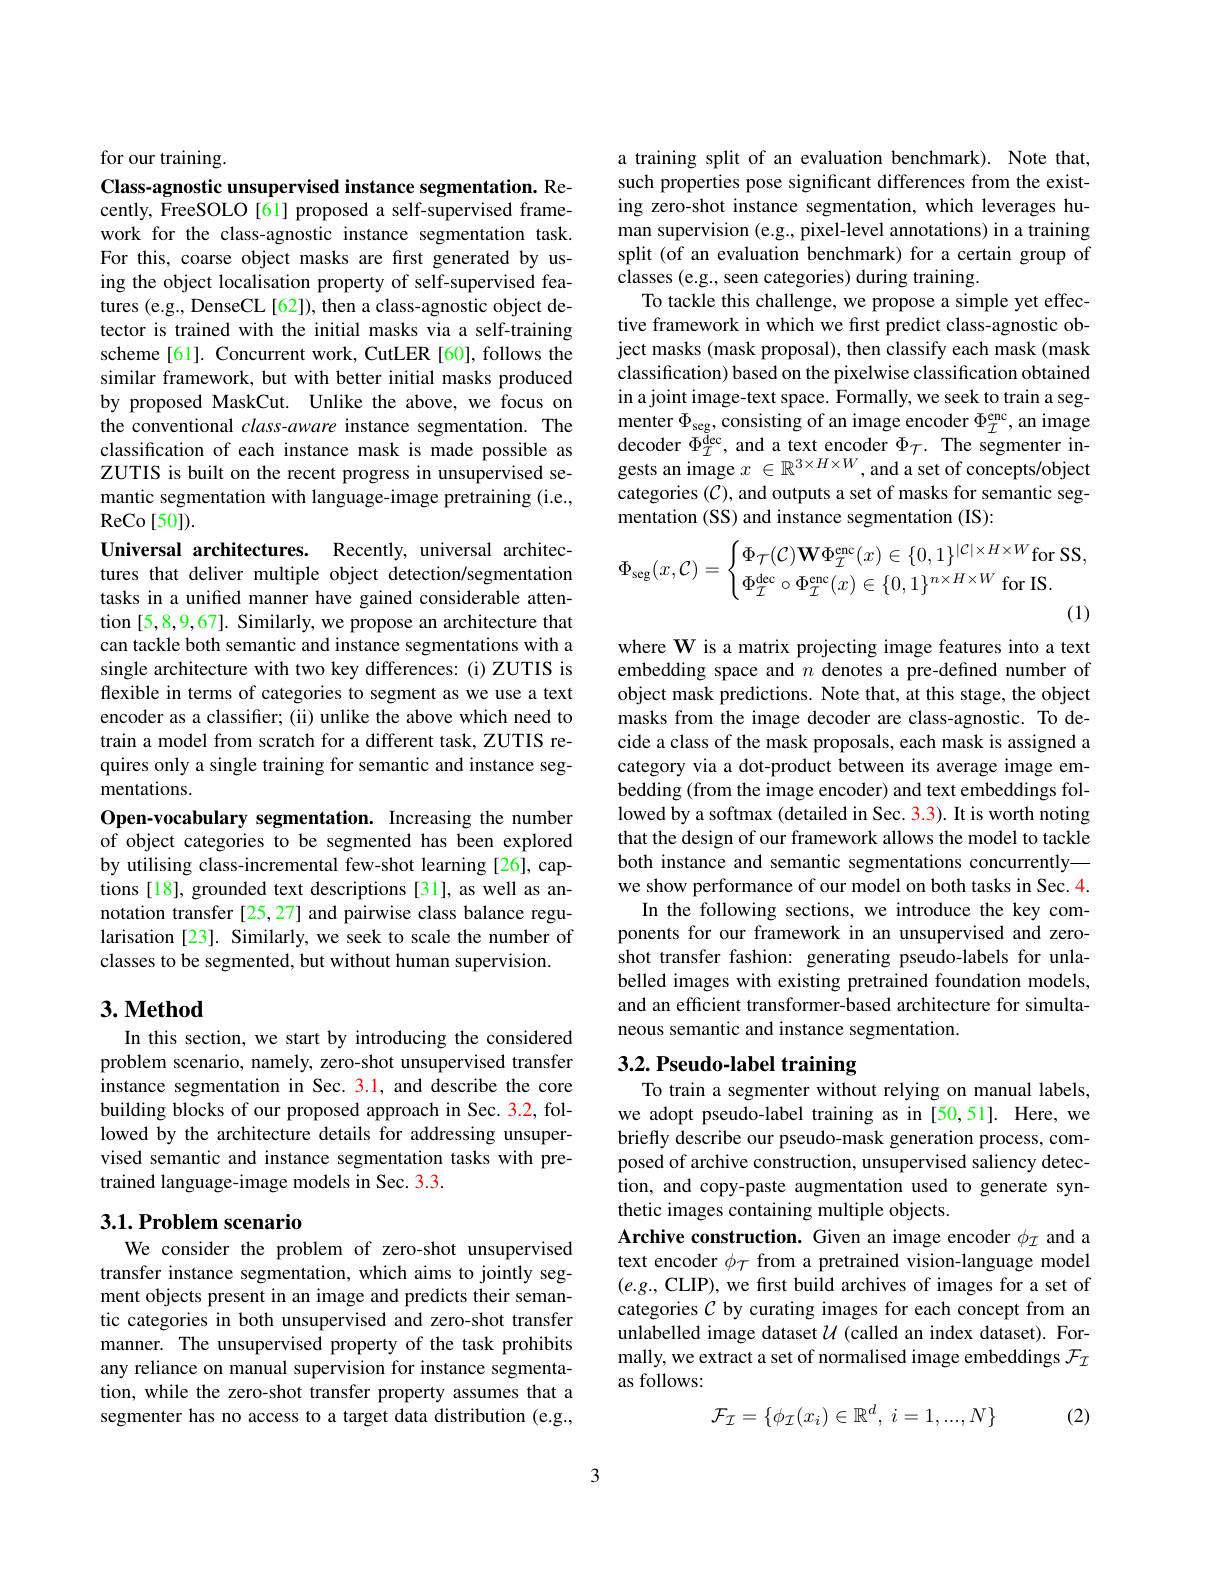
for our training.
Class-agnostic unsupervised instance segmentation. Recently, FreeSOLO [61] proposed a self-supervised framework for the class-agnostic instance segmentation task. For this, coarse object masks are first generated by using the object localisation property of self-supervised features (e.g., DenseCL[62]), then a class-agnostic object detector is trained with the initial masks via a self-training scheme[61]. Concurrent work, CutLER [60], follows the similar framework, but with better initial masks produced by proposed MaskCut. Unlike the above, we focus on the conventional class-aware instance segmentation. The classification of each instance mask is made possible as ZUTIS is built on the recent progress in unsupervised semantic segmentation with language-image pretraining (i.e., $\operatorname{ReCo}[50]).$
Universal architectures. Recently, universal architectures that deliver multiple object detection/segmentation tasks in a unified manner have gained considerable attention [5,8,9,67]. Similarly, we propose an architecture that can tackle both semantic and instance segmentations with a single architecture with two key differences: (i) ZUTIS is flexible in terms of categories to segment as we use a text encoder as a classifier; (ii) unlike the above which need to train a model from scratch for a different task, ZUTIS requires only a single training for semantic and instance segmentations.
Open-vocabulary segmentation. Increasing the number of object categories to be segmented has been explored by utilising class-incremental few-shot learning [26], captions [18], grounded text descriptions [31], as well as annotation transfer [25,27] and pairwise class balance regularisation [23]. Similarly, we seek to scale the number of classes to be segmented, but without human supervision.

## $3. \textbf{Method}$

In this section, we start by introducing the considered problem scenario, namely, zero-shot unsupervised transfer instance segmentation in Sec. 3.1, and describe the core building blocks of our proposed approach in Sec. 3.2, followed by the architecture details for addressing unsupervised semantic and instance segmentation tasks with pretrained language-image models in Sec. 3.3.

## 3.1. Problem scenario

We consider the problem of zero-shot unsupervised transfer instance segmentation, which aims to jointly segment objects present in an image and predicts their semantic categories in both unsupervised and zero-shot transfer manner. The unsupervised property of the task prohibits any reliance on manual supervision for instance segmentation, while the zero-shot transfer property assumes that a segmenter has no access to a target data distribution (e.g.,

a training split of an evaluation benchmark). Note that, such properties pose significant differences from the existing zero-shot instance segmentation, which leverages human supervision (e.g., pixel-level annotations) in a training split (of an evaluation benchmark) for a certain group of classes (e.g., seen categories) during training.
To tackle this challenge, we propose a simple yet effective framework in which we first predict class-agnostic object masks (mask proposal), then classify each mask (mask classification) based on the pixelwise classification obtained in a joint image-text space. Formally, we seek to train a seg- $\begin{array}{l}\mathrm{menter~\Phi_{seg},~consisting~of~an~image~encoder~\Phi_{T}^{enc},~an~image}\\\mathrm{decoder~\Phi_{\mathcal{I}}^{dec},~and~a~text~encoder~\Phi_{\mathcal{T}}.~The~segmenter~in-}\\\mathrm{gests~an~image~}x\in\mathbb{R}^{3\times H\times W},\mathrm{and~a~set~of~concepts/object}\end{array}$ categories $(\bar{C})$, and outputs a set of masks for semantic segmentation (SS) and instance segmentation (IS):
$$\Phi_{\text{seg}}(x,\mathcal{C})=\begin{cases}\Phi_{\mathcal{T}}(\mathcal{C})\mathbf{W}\Phi_{\mathcal{I}}^{\text{enc}}(x)\in\{0,1\}^{|\mathcal{C}|\times H\times W}\text{for SS},\\\Phi_{\mathcal{I}}^{\text{dec}}\circ\Phi_{\mathcal{I}}^{\text{enc}}(x)\in\{0,1\}^{n\times H\times W}\text{for IS}.\end{cases}$$
(1)

where W is a matrix projecting image features into a text embedding space and $n$ denotes a pre-defined number of object mask predictions. Note that, at this stage, the object masks from the image decoder are class-agnostic. To decide a class of the mask proposals, each mask is assigned a category via a dot-product between its average image embedding (from the image encoder) and text embeddings followed by a softmax (detailed in Sec. 3.3). It is worth noting that the design of our framework allows the model to tackle both instance and semantic segmentations concurrently— we show performance of our model on both tasks in Sec. 4.
In the following sections, we introduce the key components for our framework in an unsupervised and zeroshot transfer fashion: generating pseudo-labels for unlabelled images with existing pretrained foundation models, and an efficient transformer-based architecture for simultaneous semantic and instance segmentation.

# 3.2. Pseudo-label training To train a segmenter without relying on manual labels,

we adopt pseudo-label training as in [50,51]. Here, we briefly describe our pseudo-mask generation process, composed of archive construction, unsupervised saliency detection, and copy-paste augmentation used to generate synthetic images containing multiple objects.
Archive construction. Given an image encoder $\phi_I$ and a text encoder $\phi_\mathrm{\tau}$ from a pretrained vision-language model $(e.g.$, CLIP), we first build archives of images for a set of categories $C$ by curating images for each concept from an unlabelled image dataset $\mathcal{U}$ (called an index dataset). Formally, we extract a set of normalised image embeddings $\mathcal{F}_\mathcal{I}$ as follows:
$$\mathcal{F}_{\mathcal{I}}=\{\phi_{\mathcal{I}}(x_{i})\in\mathbb{R}^{d},\:i=1,...,N\}$$
(2)

3